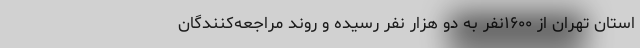
استان تهران از ۱۶۰۰نفر به دو هزار نفر رسیده و روند مراجعه‌کنندگان